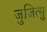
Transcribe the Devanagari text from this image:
जुजित्सु